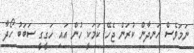
ނަމަވެސް ހަނދާން ކުރަން ޖެހޭ ކަމަކީ ހުން އައި ހަގީގީ ސަބަބު ހޯދާ